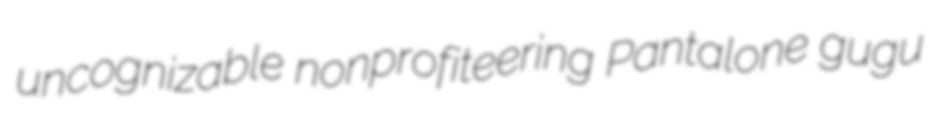
uncognizable nonprofiteering Pantalone gugu